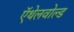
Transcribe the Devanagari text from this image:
ऍथेलवोल्ड